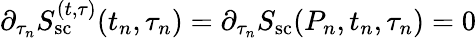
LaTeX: {\partial_{\tau_{n}}S_{\mathrm{sc}}^{(t,\tau)}(t_{n},\tau_{n})}=\partial_{\tau_{n}}S_{\mathrm{sc}}(P_{n},t_{n},\tau_{n})=0